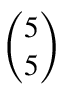
\binom { 5 } { 5 }